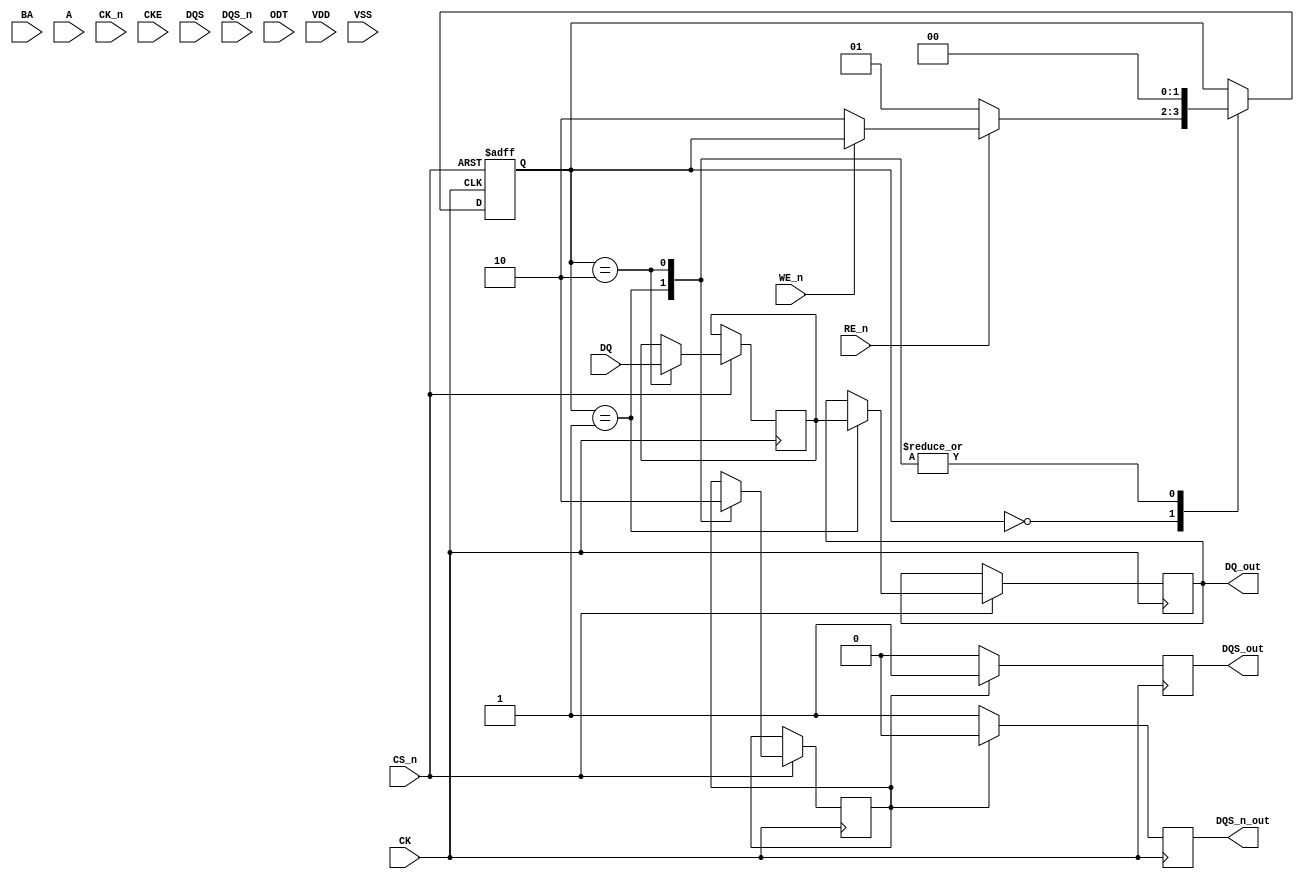
module ddr3_io_block (
    input wire [15:0] DQ,        // Data I/O
    input wire [1:0] BA,         // Bank Address
    input wire [12:0] A,         // Address
    input wire CS_n,             // Chip Select (active low)
    input wire WE_n,             // Write Enable (active low)
    input wire RE_n,             // Read Enable (active low)
    input wire CK,               // Differential Clock
    input wire CK_n,             // Differential Clock Inverted
    input wire CKE,              // Clock Enable
    input wire [1:0] DQS,        // Data Strobe
    input wire [1:0] DQS_n,      // Data Strobe Inverted
    input wire ODT,              // On-Die Termination
    input wire VDD,              // Power Supply
    input wire VSS,              // Ground
    output reg [15:0] DQ_out,    // Data Output
    output reg DQS_out,          // Data Strobe Output
    output reg DQS_n_out         // Data Strobe Inverted Output
);

    // Internal signals
    reg [15:0] data_buffer;
    reg data_valid;
    reg [1:0] state;

    // Parameter definitions
    parameter IDLE = 2'b00;
    parameter READ = 2'b01;
    parameter WRITE = 2'b10;
    
    // Timing control logic
    always @(posedge CK or negedge CS_n) begin
        if (!CS_n) begin
            state <= IDLE;
        end else begin
            case (state)
                IDLE: begin
                    if (!RE_n) begin
                        state <= READ;  // Read operation
                    end else if (!WE_n) begin
                        state <= WRITE; // Write operation
                    end
                end
                
                READ: begin
                    DQ_out <= data_buffer; // Read data to output
                    data_valid <= 1'b1;     // Indicate data is valid
                    state <= IDLE;
                end
                
                WRITE: begin
                    data_buffer <= DQ; // Capture input data
                    data_valid <= 1'b0; // Clear data valid
                    state <= IDLE;
                end
            endcase
        end
    end

    // Data Strobe Generation
    always @(posedge CK) begin
        if (data_valid) begin
            DQS_out <= 1'b1;  // Data Strobe active on valid data
            DQS_n_out <= 1'b0; // Inverted Data Strobe
        end else begin
            DQS_out <= 1'b0;  // Data Strobe inactive
            DQS_n_out <= 1'b1; // Inverted Data Strobe inactive
        end
    end

    // On-Die Termination Control
    always @(posedge ODT) begin
        // Logic to enable/disable ODT can be added here
    end

    // Power Management and Initialization logic can be added here

endmodule